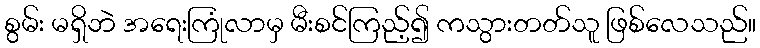
စွမ်း မရှိဘဲ အရေးကြုံလာမှ မီးစင်ကြည့်၍ ကသွားတတ်သူ ဖြစ်လေသည်။